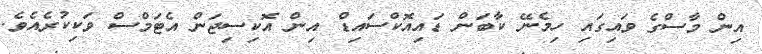
އިން މާސްގެ ވައިގައި ހިމެނޭ ކާބަން ޑައިއޮކްސައިޑް އިން އޮކިސިޖަން އެޓަމްސް ވަކިކުރެއެވެ.